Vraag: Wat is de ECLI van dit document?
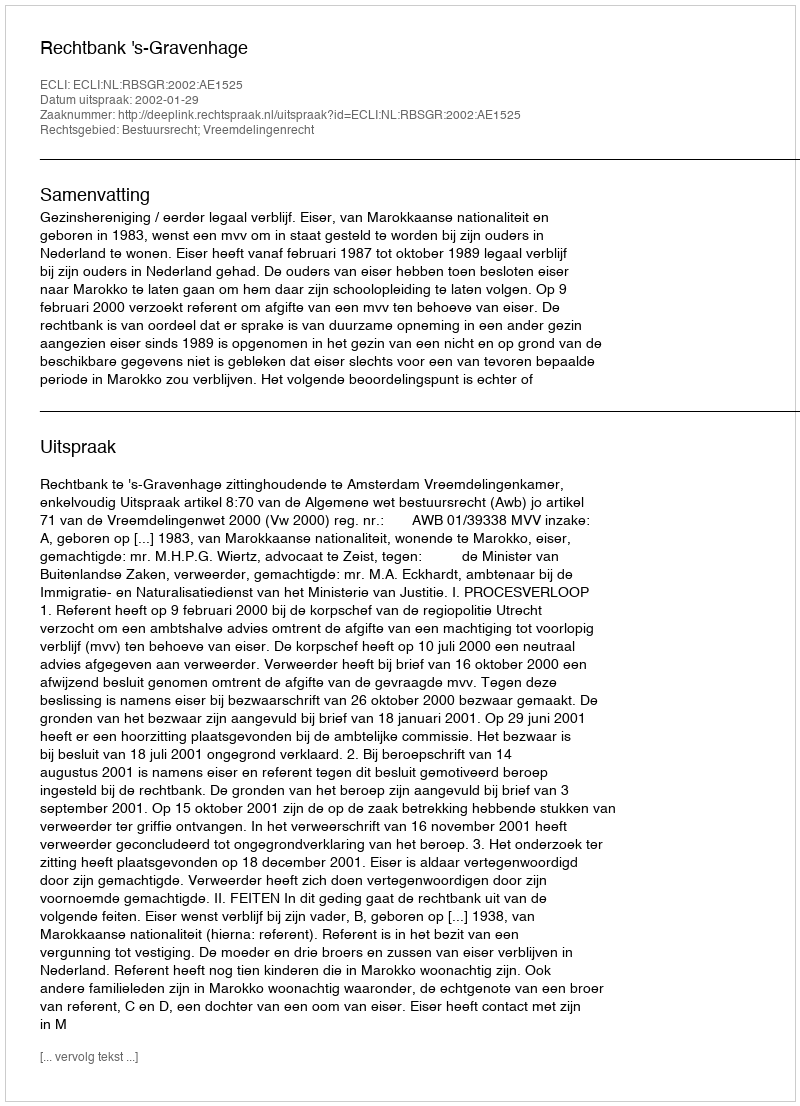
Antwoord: ECLI:NL:RBSGR:2002:AE1525